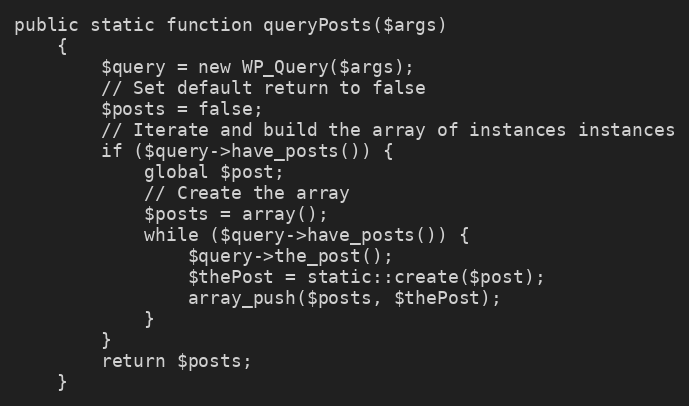
Language: PHP
public static function queryPosts($args)
    {
        $query = new WP_Query($args);
        // Set default return to false
        $posts = false;
        // Iterate and build the array of instances instances
        if ($query->have_posts()) {
            global $post;
            // Create the array
            $posts = array();
            while ($query->have_posts()) {
                $query->the_post();
                $thePost = static::create($post);
                array_push($posts, $thePost);
            }
        }
        return $posts;
    }